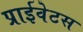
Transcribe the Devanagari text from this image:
प्राईवेटस